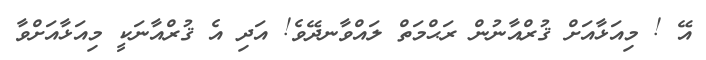
އޭ ! މިއަޅާއަށް ޤުރްއާނުން ރަޙްމަތް ލައްވާނދޭވެ! އަދި އެ ޤުރްއާނަކީ މިއަޅާއަށްވާ